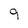
Character: q